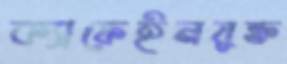
ক্যাফেইনযুক্ত